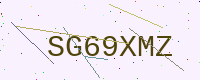
Text: SG69XMZ